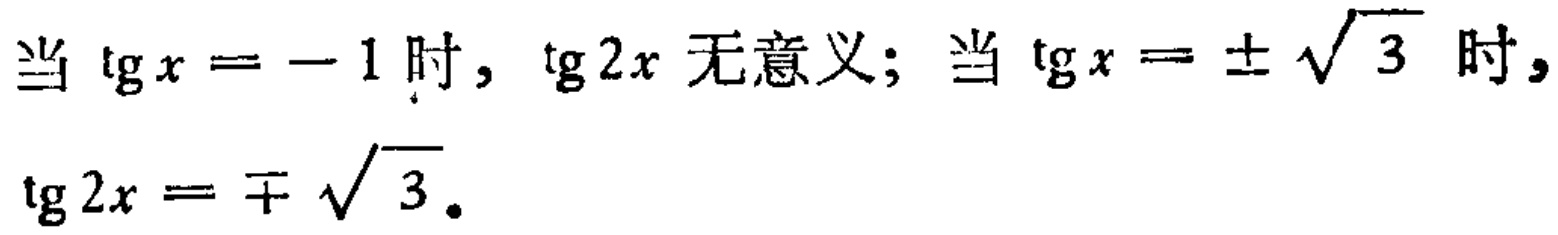
当$\tg x = -1$时，$\tg 2x$无意义；当$\tg x = \pm\sqrt{3}$时，
$\tg 2x = \mp\sqrt{3}$。